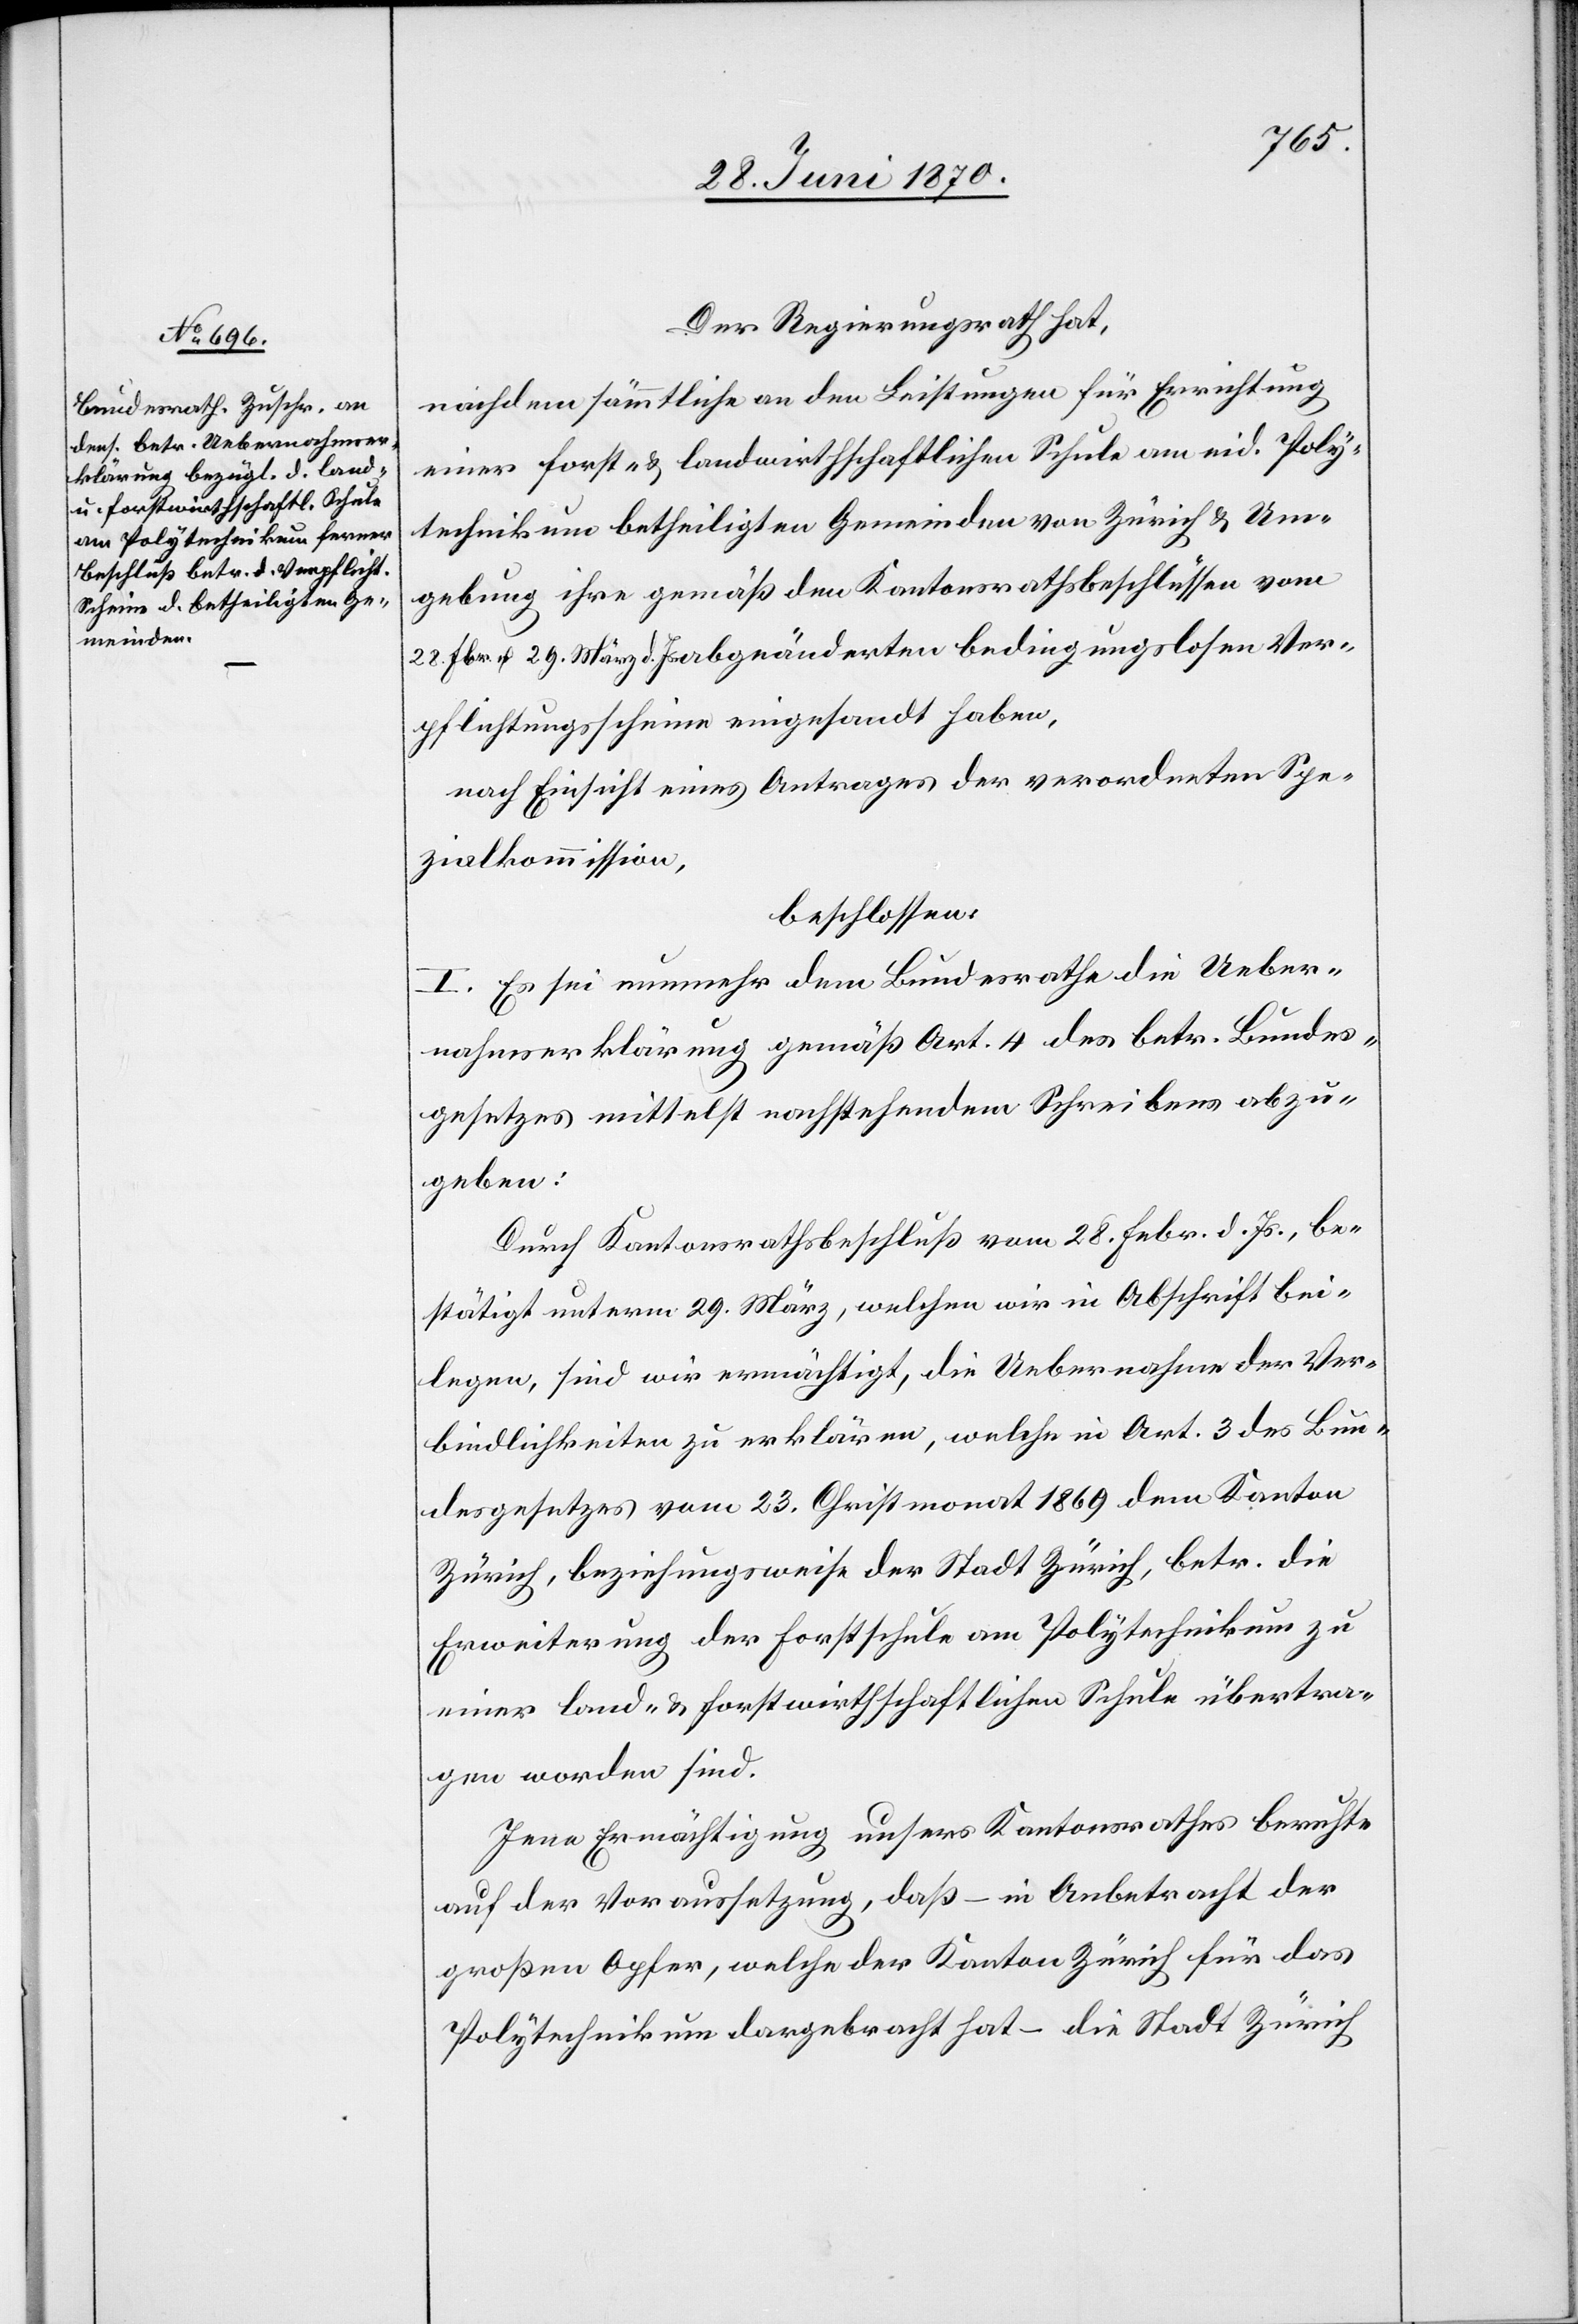
Der Regierungsrath hat,
nachdem sämmtliche an den Leistungen für Errichtung
einer forst- & landwirthschaftlichen Schule am eid. Poly¬
technikum betheiligten Gemeinden von Zürich & Um¬
gebung ihre gemäß den Kantonsrathsbeschlüssen vom
28. Fbr. & 29. März d. Js. abgeänderten bedingungslosen Ver¬
pflichtungsscheine eingesandt haben,
nach Einsicht eines Antrages der verordneten Spe¬
zialkommission,
beschlossen:
I. Es sei nunmehr dem Bundesrathe die Ueber¬
nahmserklärung gemäß Art. 4 des betr. Bundes¬
gesetzes mittelst nachstehendem Schreiben abzu¬
geben:
Durch Kantonsrathsbeschluß vom 28. Febr. d. Js., be¬
stätigt unterm 29. März, welchen wir in Abschrift bei¬
legen, sind wir ermächtigt, die Uebernahme der Ver¬
bindlichkeiten zu erklären, welche in Art. 3 des Bun¬
desgesetzes vom 23. Christmonat 1869 dem Kanton
Zürich, beziehungsweise der Stadt Zürich, betr. die
Erweiterung der Forstschule am Polytechnikum zu
einer land- & forstwirthschaftlichen Schule übertra¬
gen worden sind.
Jene Ermächtigung unsers Kantonsrathes beruhte
auf der Voraussetzung, daß – in Anbetracht der
großen Opfer, welche der Kanton Zürich für das
Polytechnikum dargebracht hat – die Stadt Zürich